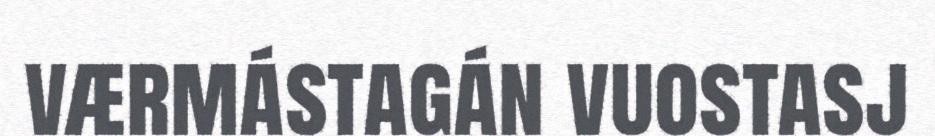
værmástagán vuostasj